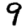
Digit: 9